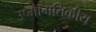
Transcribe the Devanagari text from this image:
उष्मागतिकीय